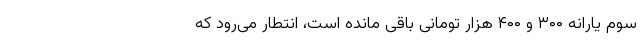
سوم یارانه ۳۰۰ و ۴۰۰ هزار تومانی باقی مانده است، انتطار می‌رود که